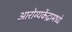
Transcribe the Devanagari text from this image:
आरोग्यकेंद्रामध्ये